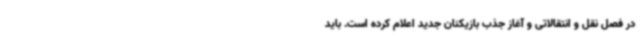
در فصل نقل و انتقالاتی و آغاز جذب بازیکنان جدید اعلام کرده است. باید